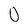
Character: 0